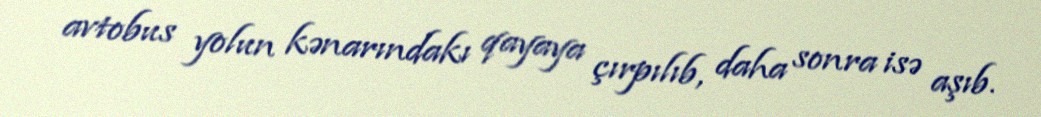
avtobus yolun kənarındakı qayaya çırpılıb, daha sonra isə aşıb.